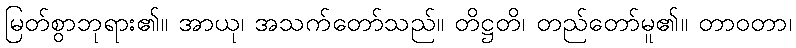
မြတ်စွာဘုရား၏။ အာယု၊ အသက်တော်သည်။ တိဋ္ဌတိ၊ တည်တော်မူ၏။ တာဝတာ၊